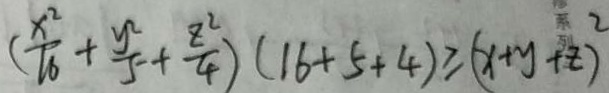
( \frac { x ^ { 2 } } { 1 6 } + \frac { y ^ { 2 } } { 5 } + \frac { z ^ { 2 } } { 4 } ) ( 1 6 + 5 + 4 ) \geq ( x + y + z ) ^ { 2 }